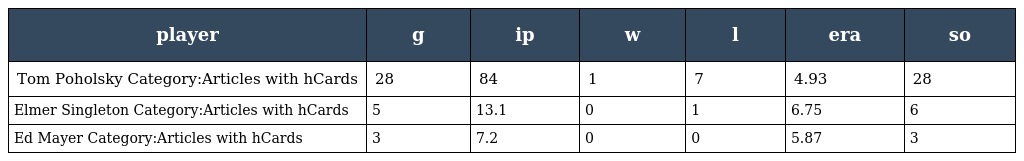
| player | g | ip | w | l | era | so |
 | --- | --- | --- | --- | --- | --- | --- |
 | Tom Poholsky Category:Articles with hCards | 28 | 84 | 1 | 7 | 4.93 | 28 |
 | Elmer Singleton Category:Articles with hCards | 5 | 13.1 | 0 | 1 | 6.75 | 6 |
 | Ed Mayer Category:Articles with hCards | 3 | 7.2 | 0 | 0 | 5.87 | 3 |